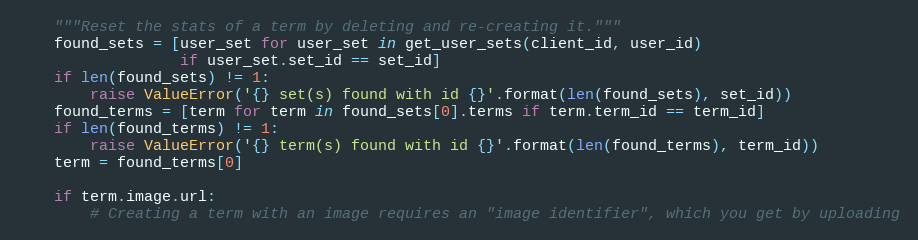
Language: Python
    """Reset the stats of a term by deleting and re-creating it."""
    found_sets = [user_set for user_set in get_user_sets(client_id, user_id)
                  if user_set.set_id == set_id]
    if len(found_sets) != 1:
        raise ValueError('{} set(s) found with id {}'.format(len(found_sets), set_id))
    found_terms = [term for term in found_sets[0].terms if term.term_id == term_id]
    if len(found_terms) != 1:
        raise ValueError('{} term(s) found with id {}'.format(len(found_terms), term_id))
    term = found_terms[0]

    if term.image.url:
        # Creating a term with an image requires an "image identifier", which you get by uploading